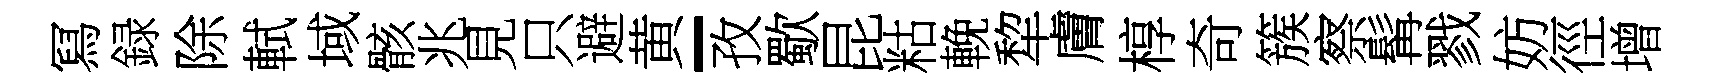
冩録除軾域骸兆見只避黄-孜歜昆䊀輓犂膚椁奇簇察髯戮妨徑增